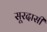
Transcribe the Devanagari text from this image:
सूरदासी